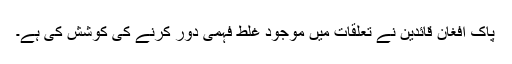
پاک افغان قائدین نے تعلقات میں موجود غلط فہمی دور کرنے کی کوشش کی ہے۔